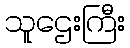
သူဌေးကြီး